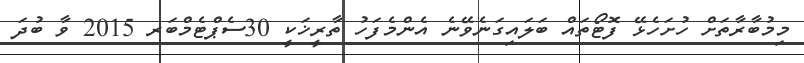
މިމުބާރާތަށް ހުށަހެޅޭ ފޮޓޯތައް ބަލައިގަނެވޭނެ އެންމެފަހު ތާރީޚަކީ 30ސެޕްޓެމްބަރ 2015 ވާ ބުދަ